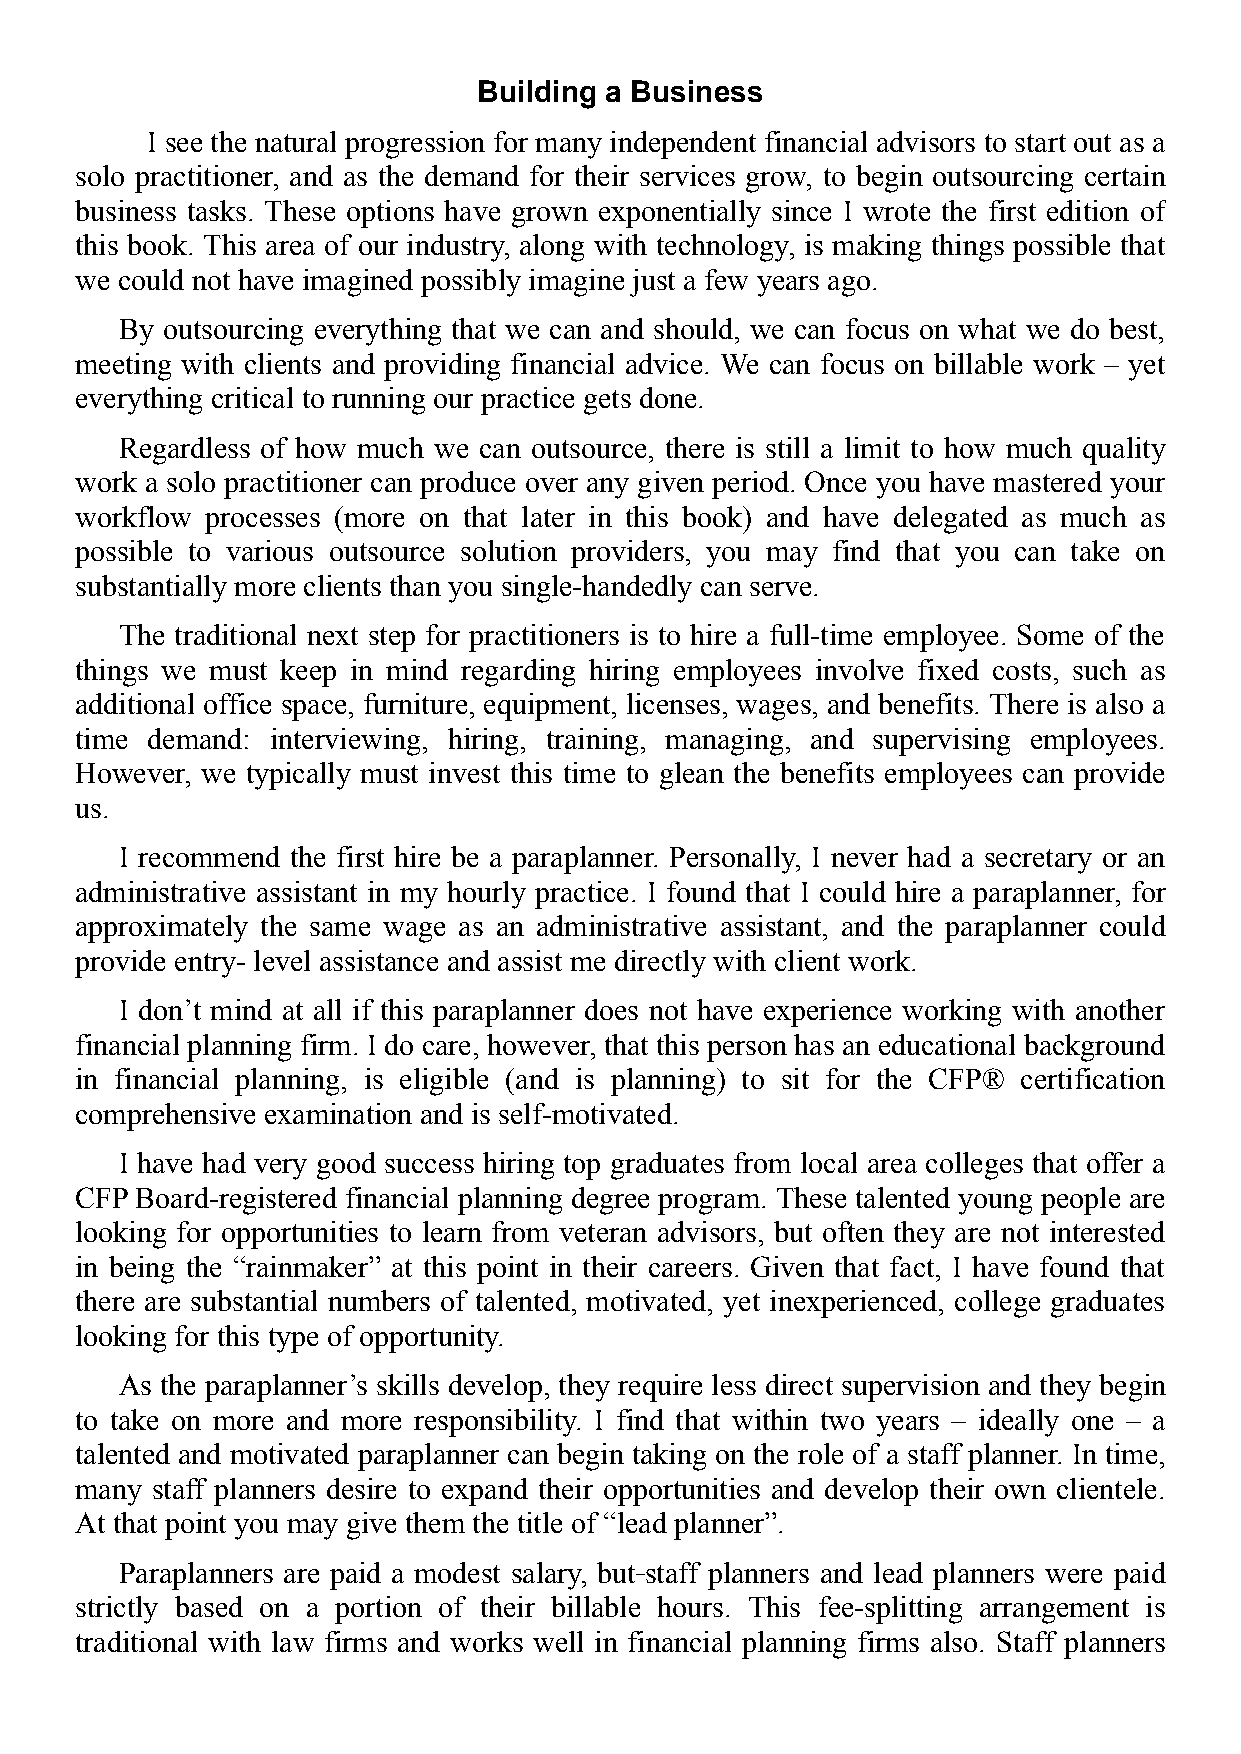
Building a Business
 I see the natural progression for many independent financial advisors to start out as a
 solo practitioner, and as the demand for their services grow, to begin outsourcing certain
 business tasks. These options have grown exponentially since I wrote the first edition of
 this book. This area of our industry, along with technology, is making things possible that
 we could not have imagined possibly imagine just a few years ago.
 By outsourcing everything that we can and should, we can focus on what we do best,
 meeting with clients and providing financial advice. We can focus on billable work – yet
 everything critical to running our practice gets done.
 Regardless of how much we can outsource, there is still a limit to how much quality
 work a solo practitioner can produce over any given period. Once you have mastered your
 workflow processes (more on that later in this book) and have delegated as much as
 possible to various outsource solution providers, you may find that you can take on
 substantially more clients than you single-handedly can serve.
 The traditional next step for practitioners is to hire a full-time employee. Some of the
 things we must keep in mind regarding hiring employees involve fixed costs, such as
 additional office space, furniture, equipment, licenses, wages, and benefits. There is also a
 time demand: interviewing, hiring, training, managing, and supervising employees.
 However, we typically must invest this time to glean the benefits employees can provide
 us.
 I recommend the first hire be a paraplanner. Personally, I never had a secretary or an
 administrative assistant in my hourly practice. I found that I could hire a paraplanner, for
 approximately the same wage as an administrative assistant, and the paraplanner could
 provide entry- level assistance and assist me directly with client work.
 I don’t mind at all if this paraplanner does not have experience working with another
 financial planning firm. I do care, however, that this person has an educational background
 in financial planning, is eligible (and is planning) to sit for the CFP® certification
 comprehensive examination and is self-motivated.
 I have had very good success hiring top graduates from local area colleges that offer a
 CFP Board-registered financial planning degree program. These talented young people are
 looking for opportunities to learn from veteran advisors, but often they are not interested
 in being the “rainmaker” at this point in their careers. Given that fact, I have found that
 there are substantial numbers of talented, motivated, yet inexperienced, college graduates
 looking for this type of opportunity.
 As the paraplanner’s skills develop, they require less direct supervision and they begin
 to take on more and more responsibility. I find that within two years – ideally one – a
 talented and motivated paraplanner can begin taking on the role of a staff planner. In time,
 many staff planners desire to expand their opportunities and develop their own clientele.
 At that point you may give them the title of “lead planner”.
 Paraplanners are paid a modest salary, but staff planners and lead planners were paid
 strictly based on a portion of their billable hours. This fee-splitting arrangement is
 traditional with law firms and works well in financial planning firms also. Staff planners